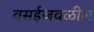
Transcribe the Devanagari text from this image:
वसईजवळील